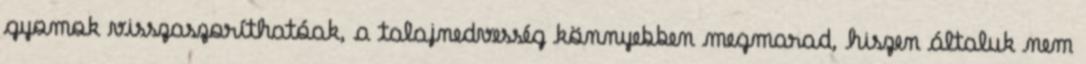
gyomok visszaszoríthatóak, a talajnedvesség könnyebben megmarad, hiszen általuk nem